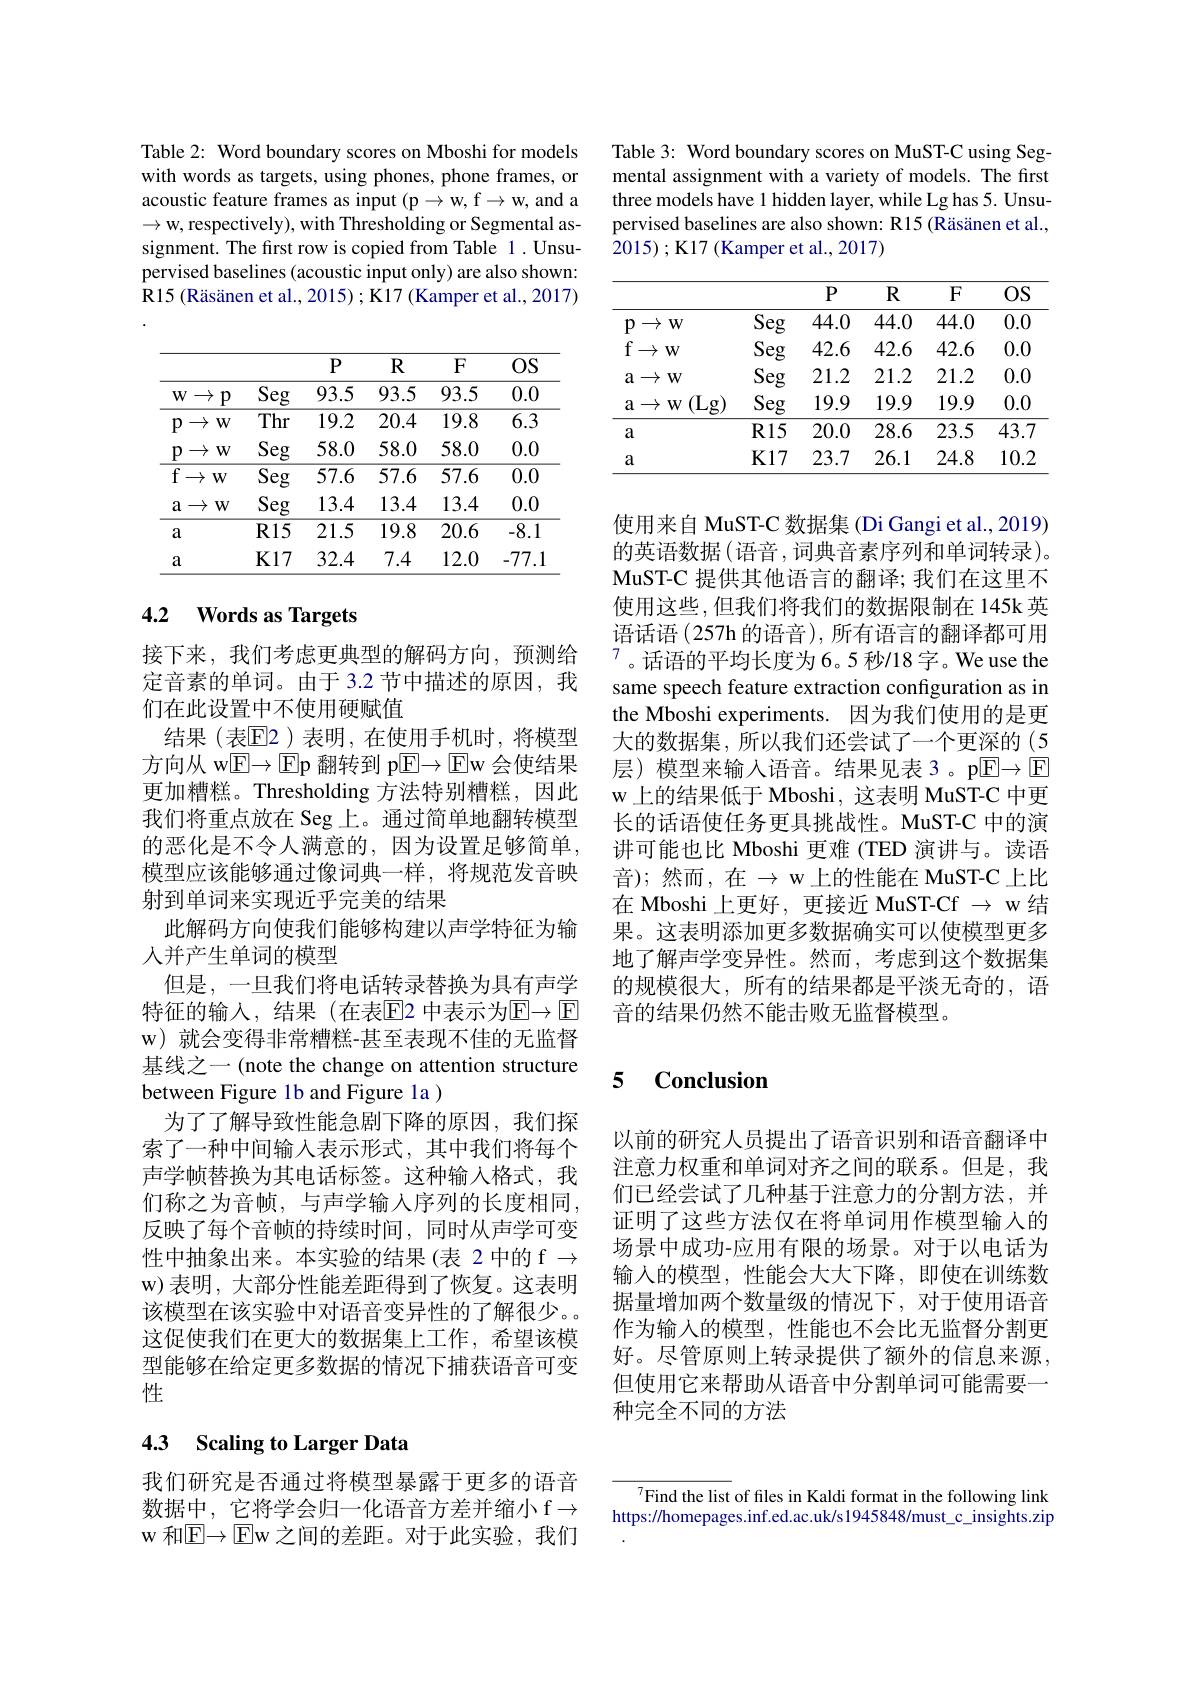
Table 2: Word boundary scores on Mboshi for models with words as targets, using phones, phone frames, or acoustic feature frames as input (p $\to$w,f w, and a $\to$w, respectively), with Thresholding or Segmental assignment. The first row is copied from Table 1. Unsupervised baselines (acoustic input only) are also shown: R15 ( R$\ddot{a}$s$\ddot{a}$nenetal. , 2015) ; K17 ( Kamper et al. , 2017)

<table>
	<tbody>
		<tr>
			<th> </th>
			<th> </th>
			<th>$P$</th>
			<th>$R$</th>
			<th>$F$</th>
			<th>OS</th>
		</tr>
		<tr>
			<td>$W$ $\rightarrow$</td>
			<td>$\overline{\mathrm{Seg}}$</td>
			<td>93.5</td>
			<td>93.5</td>
			<td>93.5</td>
			<td>0.0</td>
		</tr>
		<tr>
			<td>$\rightarrow$ $P$ $V$</td>
			<td>Thr</td>
			<td>19.2</td>
			<td>20.4</td>
			<td>19.8</td>
			<td>$\overline{6.3}$</td>
		</tr>
		<tr>
			<td>$P$ $\rightarrow$ $V$</td>
			<td>Seg</td>
			<td>58.0</td>
			<td>58.0</td>
			<td>58.0</td>
			<td>0.0</td>
		</tr>
		<tr>
			<td>$f$ $\rightarrow$ $W$</td>
			<td>$\overline{\mathrm{Seg}}$</td>
			<td>57.6</td>
			<td>57.6</td>
			<td>57.6</td>
			<td>0.0</td>
		</tr>
		<tr>
			<td>$a$ $\rightarrow$ $W$</td>
			<td>Seg</td>
			<td>13.4</td>
			<td>13.4</td>
			<td>13.4</td>
			<td>0.0</td>
		</tr>
		<tr>
			<td>a</td>
			<td>$R15$</td>
			<td>$\overline{21.5}$</td>
			<td>19.8</td>
			<td>20.6</td>
			<td>$\overline{-8.1}$ </td>
		</tr>
		<tr>
			<td>a</td>
			<td>$K17$</td>
			<td>32.4</td>
			<td>7.4</td>
			<td>12.0</td>
			<td>-77.</td>
		</tr>
	</tbody>
</table>

## 4.2 $\textbf{Words as Targets}$

接下来，我们考虑更典型的解码方向，预测给定音素的单词。由于 3.2 节中描述的原因，我们在此设置中不使用硬赋值
结果(表$\mathbb{E}$2)表明，在使用手机时，将模型方向从 w$\mathbb{E} \to \boxed{\mathrm{E} }$p 翻转到 p$\mathbb{E}\to\mathbb{E}$w 会使结果更加糟糕。Thresholding 方法特别糟糕，因此我们将重点放在 Seg 上。通过简单地翻转模型的恶化是不令人满意的，因为设置足够简单， 模型应该能够通过像词典一样，将规范发音映射到单词来实现近乎完美的结果
此解码方向使我们能够构建以声学特征为输
人并产生单词的模型
但是，一旦我们将电话转录替换为具有声学特征的输入，结果(在表$\mathbb{E}$2 中表示为$\mathbb{E}\to\mathbb{E}$ w) 就会变得非常糟糕-甚至表现不佳的无监督基线之一 (note the change on attention structure between Figure 1b and Figure la )
为了了解导致性能急剧下降的原因，我们探索了一种中间输入表示形式，其中我们将每个声学帧替换为其电话标签。这种输入格式，我们称之为音帧，与声学输入序列的长度相同， 反映了每个音帧的持续时间，同时从声学可变性中抽象出来。本实验的结果(表 2 中的 f $\to$ w)表明，大部分性能差距得到了恢复。这表明该模型在该实验中对语音变异性的了解很少。。这促使我们在更大的数据集上工作，希望该模型能够在给定更多数据的情况下捕获语音可变性

# 4.3 Scaling to Larger Data

我们研究是否通过将模型暴露于更多的语音数据中，它将学会归一化语音方差并缩小 f$\to$ w 和$\mathbb{E}\to\mathbb{E}$w 之间的差距。对于此实验，我们

Table 3: Word boundary scores on MuST-C using Segmental assignment with a variety of models. The first three models have 1 hidden layer, while Lg has 5. Unsupervised baselines are also shown: R15 (Räsänen et al., $\hat{2}015);\mathbf{K}17(\mathbf{K}$amper et al., 2017)

<table>
	<tbody>
		<tr>
			<th> </th>
			<th> </th>
			<th>$P$</th>
			<th>$R$</th>
			<th>$F$</th>
			<th>OS</th>
		</tr>
		<tr>
			<td>$p$ $\rightarrow W$</td>
			<td>Seg</td>
			<td>44.0</td>
			<td>44.0</td>
			<td>44.0</td>
			<td>0.0</td>
		</tr>
		<tr>
			<td>$\textbf{f}$ $\rightarrow$W</td>
			<td>Seg</td>
			<td>42.6</td>
			<td>42.6</td>
			<td>42.6</td>
			<td>0.0</td>
		</tr>
		<tr>
			<td>$\mathbf{a}\rightarrow\mathbf{w}$</td>
			<td>Seg</td>
			<td>21.2</td>
			<td>21.2</td>
			<td>21.2</td>
			<td>0.0</td>
		</tr>
		<tr>
			<td>(Lg) $\mathbf{a}\rightarrow\mathbf{W}$</td>
			<td>Seg</td>
			<td>19.9</td>
			<td>19.9</td>
			<td>19.9</td>
			<td>0.0</td>
		</tr>
		<tr>
			<td>$a$</td>
			<td>$R15$</td>
			<td>20.0</td>
			<td>28.6</td>
			<td>23.5</td>
			<td>43.7</td>
		</tr>
		<tr>
			<td>a</td>
			<td>$K17$</td>
			<td>23.7</td>
			<td>26.1</td>
			<td>24.8</td>
			<td>$10.{\mathfrak{Z}}$</td>
		</tr>
	</tbody>
</table>

使用来自 MuST-C 数据集 (Di Gangi et al., 2019) 的英语数据 (语音 ,词典音素序列和单词转录)。MuST-C 提供其他语言的翻译；我们在这里不使用这些，但我们将我们的数据限制在 145k 英语话语(257h 的语音), 所有语言的翻译都可用$^{7}$。话语的平均长度为6。5 秒/18 字。We use the same speech feature extraction configuration as in the Mboshi experiments. 因为我们使用的是更大的数据集，所以我们还尝试了一个更深的(5层) 模型来输入语音。结果见表 3 。p$\overline{\mathbb{E}}\to\boxed{\mathbb{E}}$ w 上的结果低于 Mboshi, 这表明 MuST-C 中更长的话语使任务更具挑战性。MuST-C 中的演讲可能也比 Mboshi 更难 (TED 演讲与。读语音);然而，在$\to$w上的性能在 MuST-C 上比在 Mboshi 上更好，更接近 MuST-Cf $\to$ w 结果。这表明添加更多数据确实可以使模型更多地了解声学变异性。然而，考虑到这个数据集的规模很大，所有的结果都是平淡无奇的，语音的结果仍然不能击败无监督模型。

# 5 Conclusion

以前的研究人员提出了语音识别和语音翻译中注意力权重和单词对齐之间的联系。但是，我们已经尝试了几种基于注意力的分割方法，并证明了这些方法仅在将单词用作模型输人的场景中成功-应用有限的场景。对于以电话为输入的模型，性能会大大下降，即使在训练数据量增加两个数量级的情况下，对于使用语音作为输入的模型，性能也不会比无监督分割更好。尽管原则上转录提供了额外的信息来源， 但使用它来帮助从语音中分割单词可能需要一种完全不同的方法

${^{7}\text{Find the list of files in Kaldi format in the following link}}$ https://homepages.inf.ed.ac.uk/s1945848/must\_c\_insights.zip